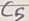
Text: C5